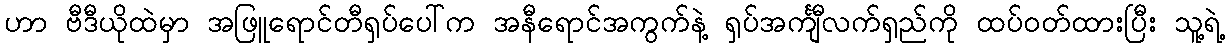
ဟာ ဗီဒီယိုထဲမှာ အဖြူရောင်တီရှပ်ပေါ်က အနီရောင်အကွက်နဲ့ ရှပ်အင်္ကျီလက်ရှည်ကို ထပ်ဝတ်ထားပြီး သူ့ရဲ့